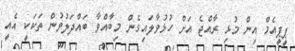
ޕީޕީއެެމް އިން މުޅި ރާއްޖެ އަށް ހުޅުވާލައިގެން މިބާއްވާ ބައްދަލުވުން ތަކަކީ އެއީ